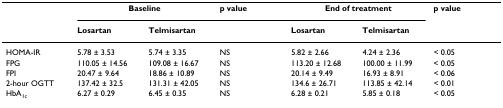
<table><thead><tr><td></td><td colspan="2"><b>Baseline</b></td><td><b>p value</b></td><td colspan="2"><b>End of treatment</b></td><td><b>p value</b></td></tr><tr><td></td><td><b>Losartan</b></td><td><b>Telmisartan</b></td><td></td><td><b>Losartan</b></td><td><b>Telmisartan</b></td><td></td></tr></thead><tbody><tr><td>HOMA-IR</td><td>5.78 ± 3.53</td><td>5.74 ± 3.35</td><td>NS</td><td>5.82 ± 2.66</td><td>4.24 ± 2.36</td><td>&lt; 0.05</td></tr><tr><td>FPG</td><td>110.05 ± 14.56</td><td>109.08 ± 16.67</td><td>NS</td><td>113.20 ± 12.68</td><td>100.00 ± 11.99</td><td>&lt; 0.05</td></tr><tr><td>FPI</td><td>20.47 ± 9.64</td><td>18.86 ± 10.89</td><td>NS</td><td>20.14 ± 9.49</td><td>16.93 ± 8.91</td><td>&lt; 0.06</td></tr><tr><td>2-hour OGTT</td><td>137.42 ± 32.5</td><td>131.31 ± 42.05</td><td>NS</td><td>134.6 ± 26.71</td><td>113.85 ± 42.14</td><td>&lt; 0.01</td></tr><tr><td>HbA<sub>1c</sub></td><td>6.27 ± 0.29</td><td>6.45 ± 0.35</td><td>NS</td><td>6.28 ± 0.21</td><td>5.85 ± 0.18</td><td>&lt; 0.05</td></tr></tbody></table>